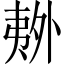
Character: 𫯏